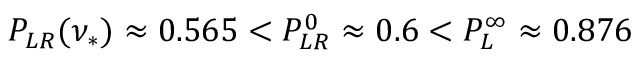
P _ { L R } ( \nu _ { * } ) \approx 0 . 5 6 5 < P _ { L R } ^ { 0 } \approx 0 . 6 < P _ { L } ^ { \infty } \approx 0 . 8 7 6